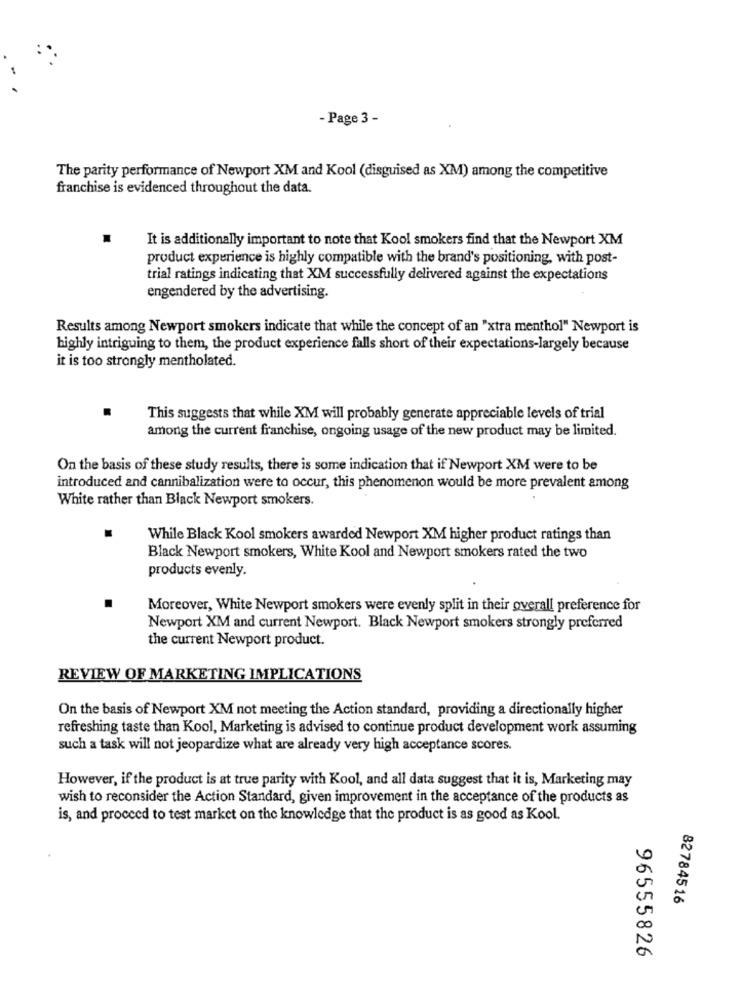
- Page 3 -
The parity performance of Newport XM and Kool (disguised as XM) among the competitive
franchise is evidenced throughout the data.
.
It is additionally important to note that Kool smokers find that the Newport XM
product experience is highly compatible with the brand's positioning, with post-
trial ratings indicating that XM successfully delivered against the expectations
engendered by the advertising.
Results among Newport smokers indicate that while the concept of an "xtra menthol" Newport is
highly intriguing to them, the product experience falls short of their expectations-largely because
it is too strongly mentholated.
.
This suggests that while XM will probably generate appreciable levels of trial
among the current franchise, ongoing usage of the new product may be limited.
On the basis of these study results, there is some indication that if Newport XM were to be
introduced and cannibalization were to occur, this phenomenon would be more prevalent among
White rather than Black Newport smokers.
While Black Kool smokers awarded Newport XM higher product ratings than
Black Newport smokers, White Kool and Newport smokers rated the two
products evenly.
Moreover, White Newport smokers were evenly split in their overall preference for
Newport XM and current Newport. Black Newport smokers strongly preferred
the current Newport product.
REVIEW OF MARKETING IMPLICATIONS
On the basis of Newport XM not meeting the Action standard, providing a directionally higher
refreshing taste than Kool, Marketing is advised to continue product development work assuming
such a task will not jeopardize what are already very high acceptance scores.
However, if the product is at true parity with Kool, and all data suggest that it is, Marketing may
wish to reconsider the Action Standard, given improvement in the acceptance of the products as
is, and proceed to test market on the knowledge that the product is as good as Kool.
82784516
96555826